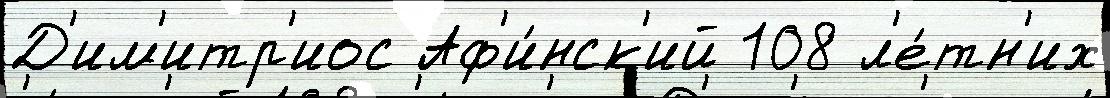
Д'им'итр'иос Аф'и́нск'ий 108 л'е́тн'их